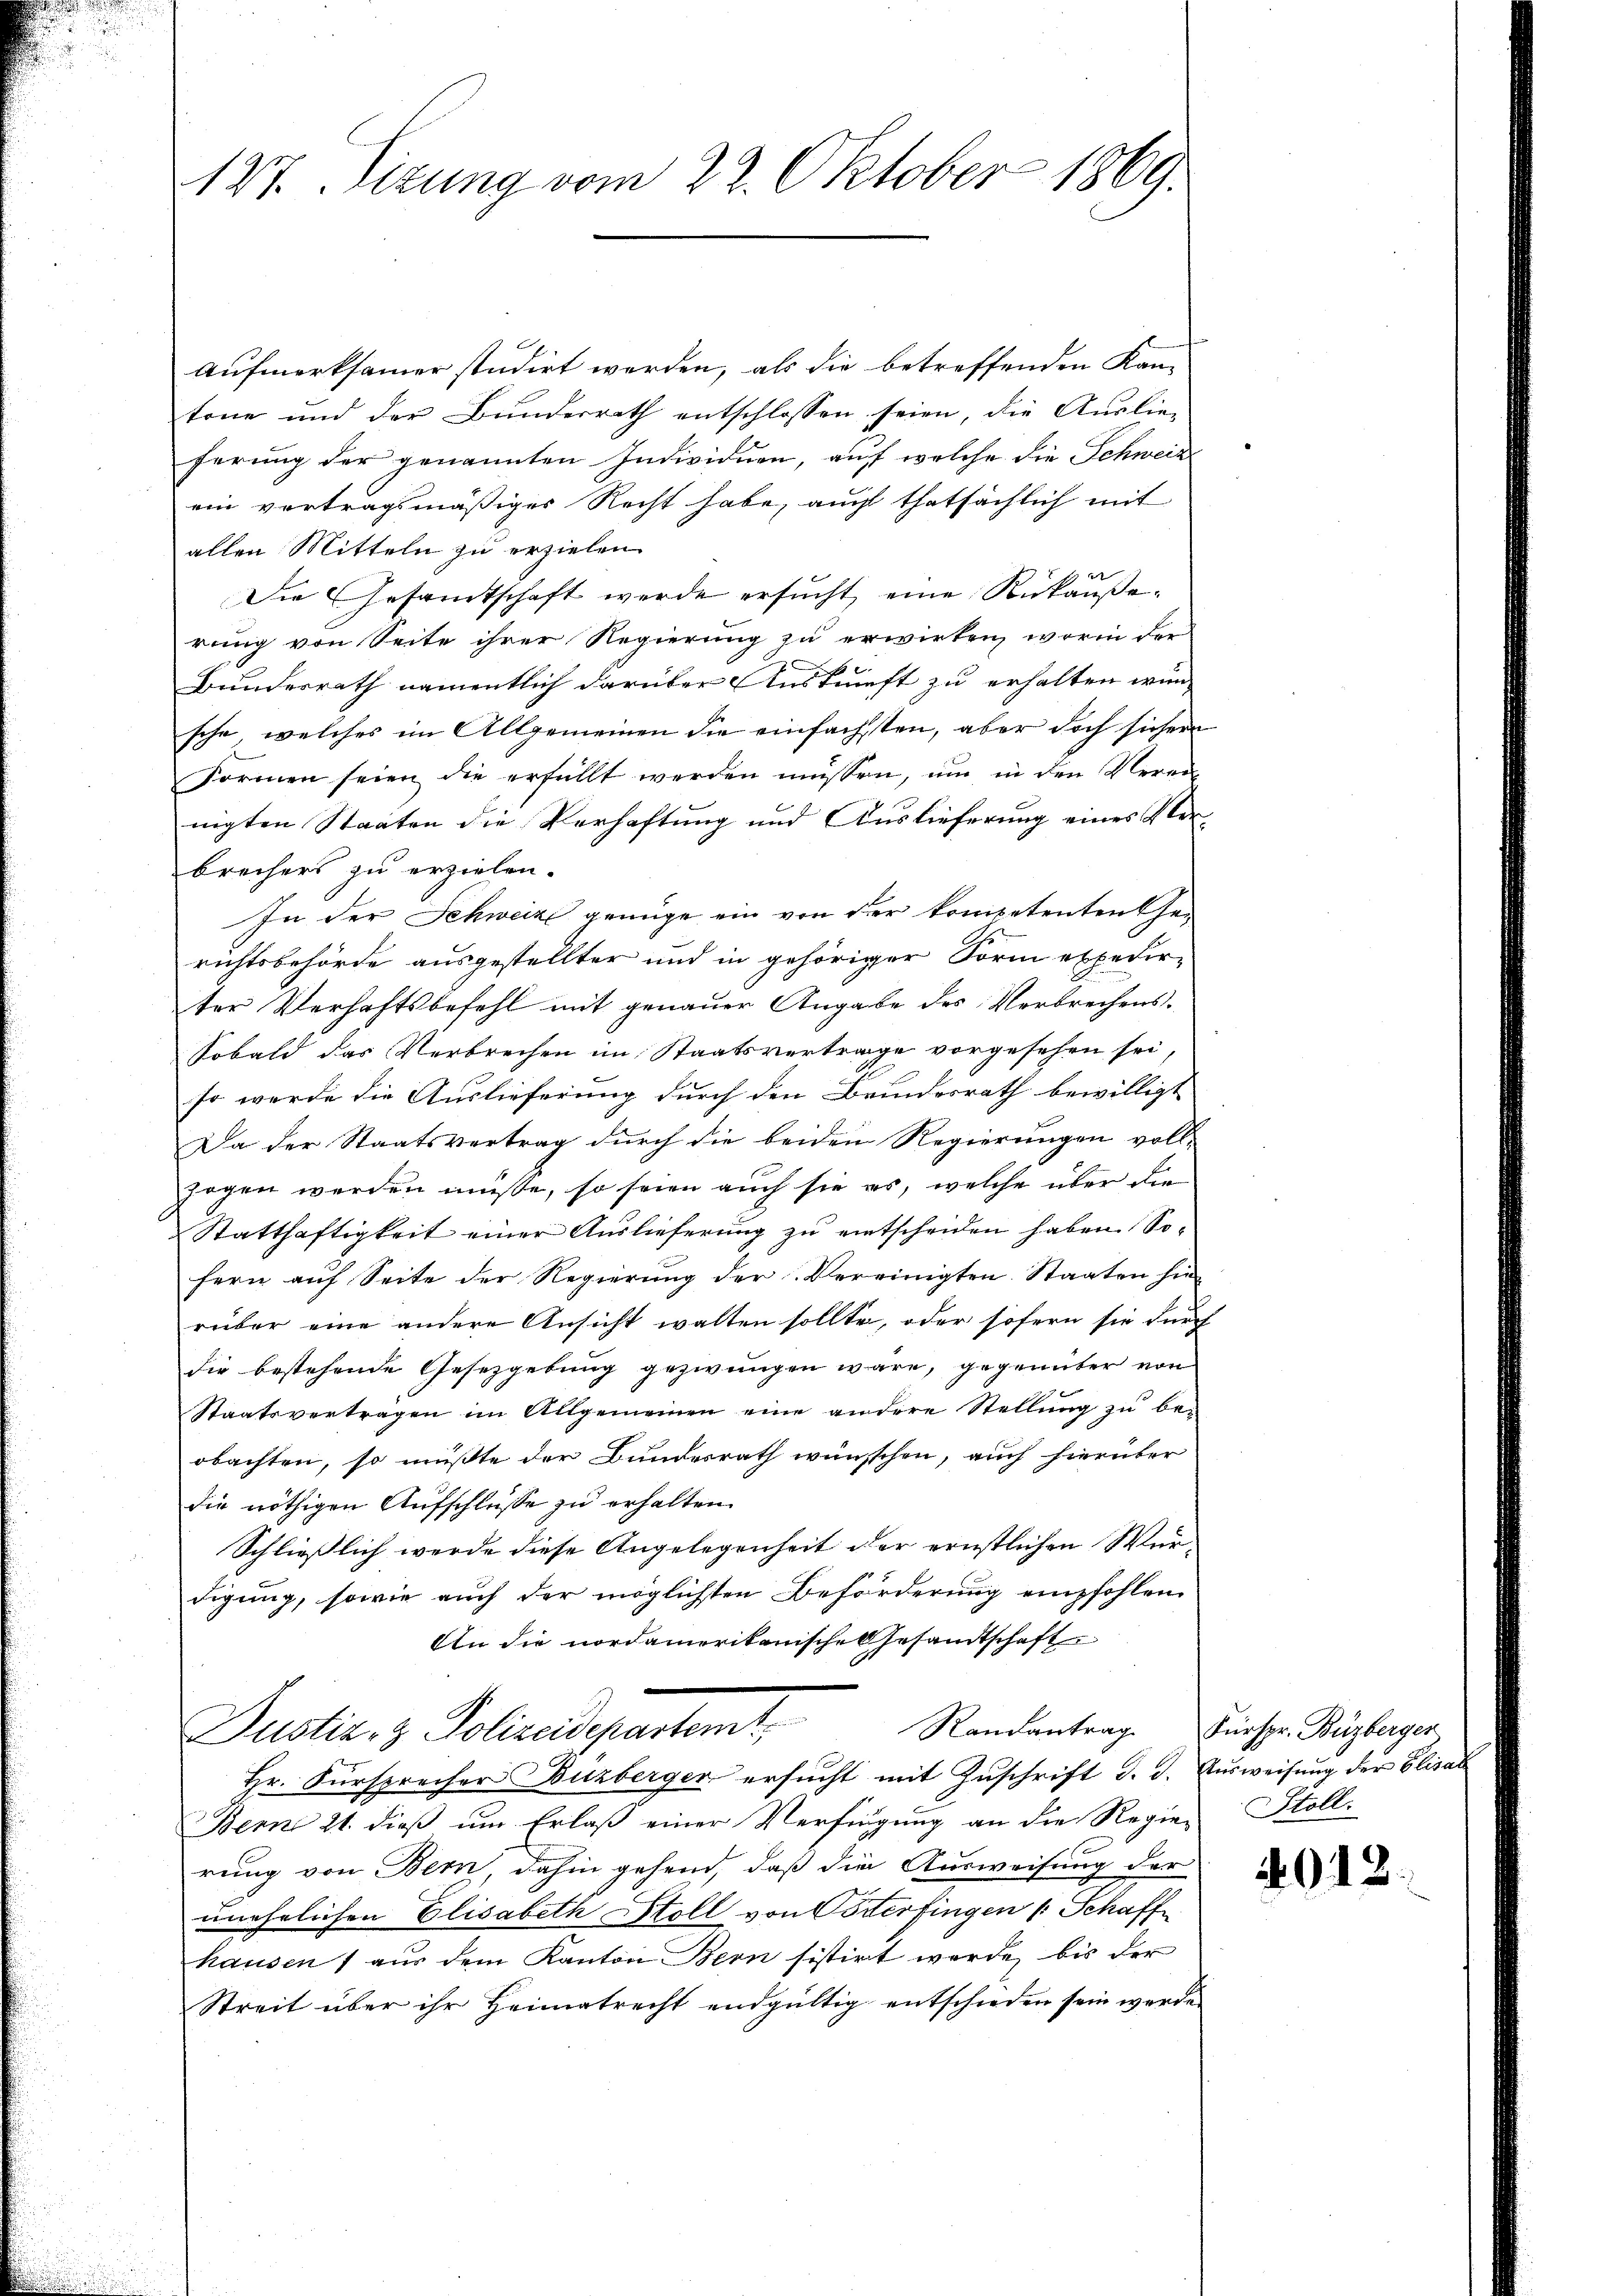
127. Sizung vom 22. Oktober 1869

Aufmerksamer studirt werden, als die betreffenden Kan-
tone und der Bunderrath entschlossen seien, die Auslieferung der genannten Individuen, auf welche die Schweiz
ein vertragsmäßiges Recht habe, auch thatsächlich mit
allen Mitteln zu erzielen.
Die Gesandtschaft werde ersucht, eine Rükäußerung von Seite ihrer Regierung zu erwirken, worin der
Bundesrath namentlich darüber Auskunft zu erhalten wün-
sche, welches im Allgemeinen die einfachsten, aber doch sicher
Formen seien die erfüllt werden müssen, ŭm in den Verei
nigten Staaten die Verhaftung und Auslieferung eines Verbrechers zu erzielen.
In der Schweiz genüge ein von der kompetenten Gerichtsbehörde ausgestellter und in gehöriger Form expedir
ter Verhaftsbefehl mit genauer Angabe des Verbrechens¬
Sobald das Verbrechen im Staatsvertrage vorgesehen sei,
so werde die Auslieferung durch den Brundesrath bewilligt
Da der Staatsvertrag durch die beiden Regierungen voll-
zogen werden müsse, so seien auch sie es, welche über die
Statthaftigkeit einer Aŭslieferŭng zŭ entscheiden haben. So-
fern auf Seite der Regierung der Vereinigten Staaten hierüber eine andere Ansicht walten sollte, oder sofern sie durch
die bestehende Gesetzgebung gezwungen wäre, gegenüber von
Staatsvertragen im Allgemeinen eine andere Stellung zu be-
obachten, so müßte der Bundesrath wünschen, auch hierüber
die nöthigen Aufschlüsse zu erhalten.
Schliesslich werde diese Angelegenheit der ernstlichen Wurdigung, sowie auch der möglichsten Beförderung empfohlen
An die Nordamerikanisches Gesandtschaft
Puster. z. Polizendepartemt,
Hr. Fürsprecher Buzberger ersucht mit Zuschrift d. d. Ausweisung der Elisar
Ben 21. dieß um Erlaß einer Verfügung an die Regier Stollrung von Bern, dahin gehend, daß die Ausweisung der
unehelichen Elisabeth Stoll von Osterfingen (Schaff
hausen) aus dem Kanton Bern sistirt werde, bis der
Streit über ihr Heimatrecht endgültig entschieden sein werde.

Randantrag. Fürspr. Büzberger

4012.